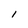
Character: l